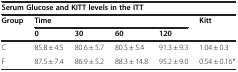
| <COLSPAN=6> Serum Glucose and KITT levels in the ITT |
 | <ROWSPAN=2> Group | <COLSPAN=4> Time | <ROWSPAN=2> Kitt |
 | 0 | 30 | 60 | 120 |
 | --- | --- | --- | --- | --- | --- |
 | C | 85.8 ± 4.5 | 80.6 ± 5.7 | 80.5 ± 5.4 | 91.3 ± 9.3 | 1.04 ± 0.3 |
 | F | 87.5 ± 7.4 | 86.9 ± 5.2 | 88.3 ± 14.8 | 95.2 ± 9.0 | 0.54 ± 0.16* |